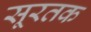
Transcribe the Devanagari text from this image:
सूरतक